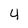
Character: 4